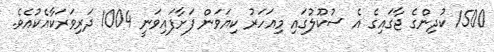
1500 ކުދިންގެ ޖާގައިގެ އެ ސުކޫލުގައި މިއަހަރު ކިޔަވަން ފަށާފައިވަނީ 1004 ދަރިވަރަކާއެކުއެވެ.